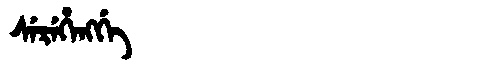
Manchu: ᠰᡝᡵᡝᡥᡝᠩᡤᡝ
Romanization: SEREHENGGE